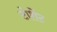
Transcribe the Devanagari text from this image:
टोशेंट